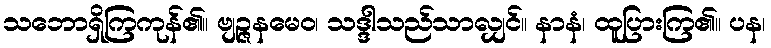
သဘောရှိကြကုန်၏။ ဗျဉ္ဇနမေဝ၊ သဒ္ဒါသည်သာလျှင်။ နာနံ၊ ထူပြားကြ၏။ ပန၊